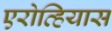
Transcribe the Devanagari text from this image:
एरोव्हियास